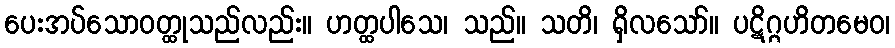
ပေးအပ်သောဝတ္ထုသည်လည်း။ ဟတ္ထပါသေ၊ သည်။ သတိ၊ ရှိလသော်။ ပဋိဂ္ဂဟိတမေဝ၊